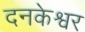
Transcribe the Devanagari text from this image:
दनकेश्वर